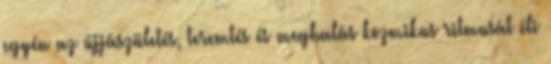
egyén az újjászületés, teremtés és meghalás kozmikus ritmusát éli